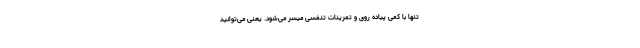
تنها با کمی پیاده روی و تمرینات تنفسی میسر می‌شود. یعنی می‌توانید